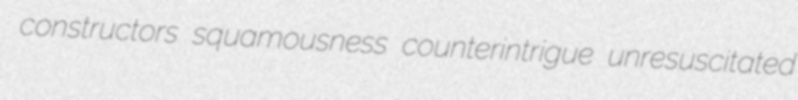
constructors squamousness counterintrigue unresuscitated